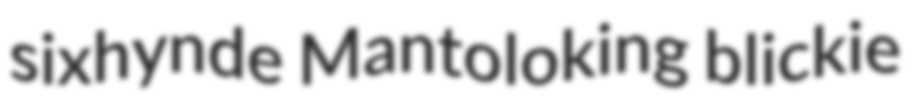
sixhynde Mantoloking blickie